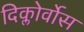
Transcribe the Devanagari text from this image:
दिक्लोर्वोस